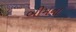
બીમના